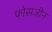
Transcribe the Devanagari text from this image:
फोसजीन